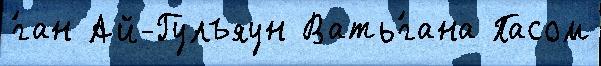
́ган Ай-Гулъяун Вать́гана Пасом